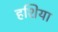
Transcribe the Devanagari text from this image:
हशिया